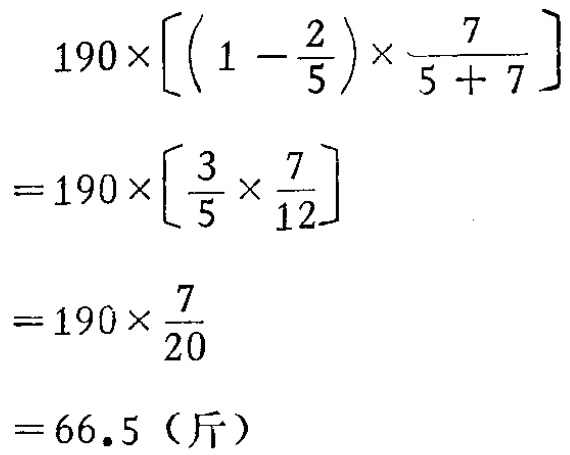
\[
\begin{align*}
&190\times\left[\left(1 - \frac{2}{5}\right)\times\frac{7}{5 + 7}\right]\\
=&190\times\left[\frac{3}{5}\times\frac{7}{12}\right]\\
=&190\times\frac{7}{20}\\
=&66.5 \text{（斤）}
\end{align*}
\]